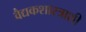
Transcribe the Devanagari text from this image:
वैद्यकशास्त्राशी